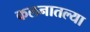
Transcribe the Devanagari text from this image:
कलनातल्या